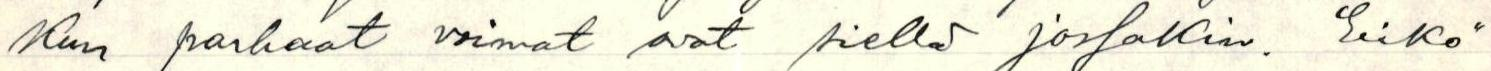
kun parhaat voimat ovat siellä jossakin. Eikö